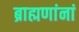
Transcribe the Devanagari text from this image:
ब्राह्मणांनां